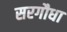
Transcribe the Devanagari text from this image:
सरगौधा